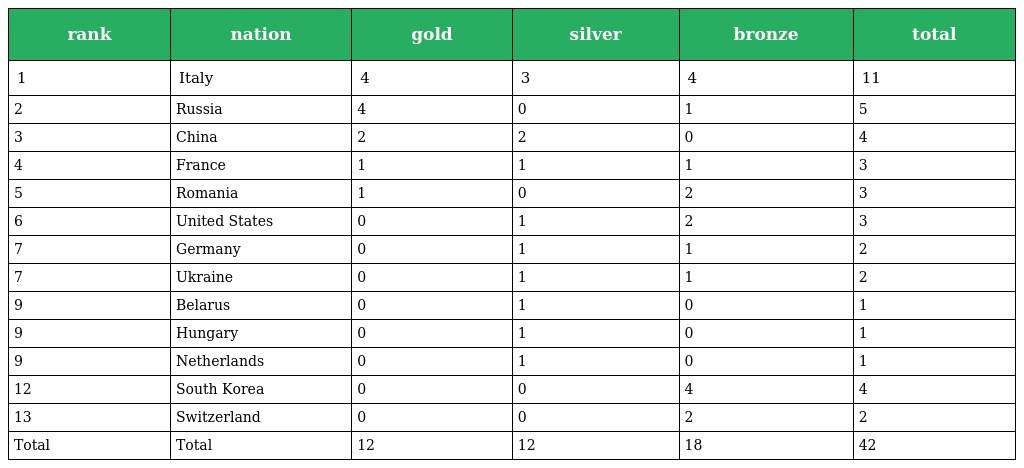
| rank | nation | gold | silver | bronze | total |
 | --- | --- | --- | --- | --- | --- |
 | 1 | Italy | 4 | 3 | 4 | 11 |
 | 2 | Russia | 4 | 0 | 1 | 5 |
 | 3 | China | 2 | 2 | 0 | 4 |
 | 4 | France | 1 | 1 | 1 | 3 |
 | 5 | Romania | 1 | 0 | 2 | 3 |
 | 6 | United States | 0 | 1 | 2 | 3 |
 | 7 | Germany | 0 | 1 | 1 | 2 |
 | 7 | Ukraine | 0 | 1 | 1 | 2 |
 | 9 | Belarus | 0 | 1 | 0 | 1 |
 | 9 | Hungary | 0 | 1 | 0 | 1 |
 | 9 | Netherlands | 0 | 1 | 0 | 1 |
 | 12 | South Korea | 0 | 0 | 4 | 4 |
 | 13 | Switzerland | 0 | 0 | 2 | 2 |
 | Total | Total | 12 | 12 | 18 | 42 |